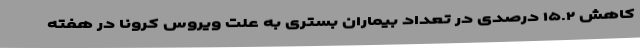
کاهش ۱۵.۲ درصدی در تعداد بیماران بستری به علت ویروس کرونا در هفته